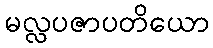
မလ္လပဇာပတိယော